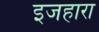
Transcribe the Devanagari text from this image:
इजहारा